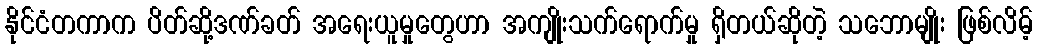
နိုင်ငံတကာက ပိတ်ဆို့ဒဏ်ခတ် အရေးယူမှုတွေဟာ အကျိုးသက်ရောက်မှု ရှိတယ်ဆိုတဲ့ သဘောမျိုး ဖြစ်လိမ့်